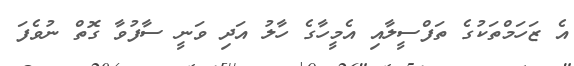
އެ ޒަހަމްތަކުގެ ތަފްސީލާއި އެމީހާގެ ހާލު އަދި ވަނީ ސާފުވާ ގޮތް ނުވެފަ